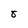
Character: 8